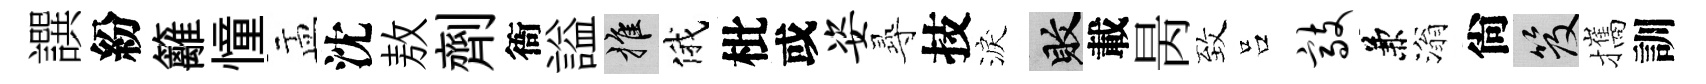
譔紛籬憧盂沈敖劑衙謚推俄枇或姿𡬶技淚敗載昺致吕敲兼滃尙笈攜訓